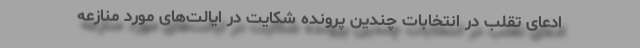
ادعای تقلب در انتخابات چندین پرونده شکایت در ایالت‌های مورد منازعه